Annual report on the mental hospital in the Central Provinces and Berar (Nagpur) - 1927-1951
Year: 1927
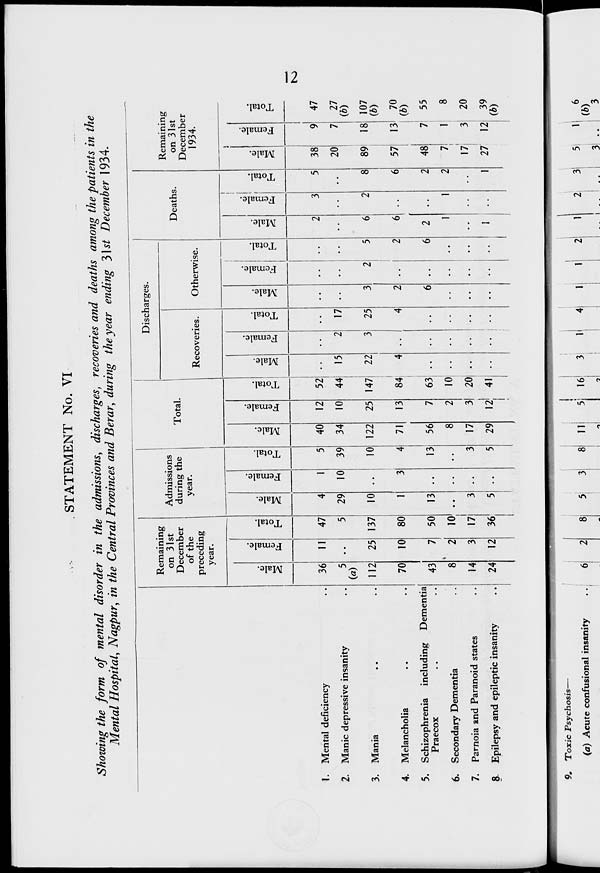
12
STATEMENT No. VI
Showing the form of mental disorder in the admissions, discharges, recoveries and deaths among the patients in the
Mental Hospital, Nagpur, in the Central Provinces and Berar, during the year ending 31st December 1934.
1.
2.
3.
4.
5.
6.
7.
8.
Mental deficiency ..
Manic depressive insanity ..
Mania .. ..
Melancholia .. ..
Schizophrenia including Dementia
Praecox .. ..
Secondary Dementia ..
Parnoia and Paranoid states ..
Epilepsy and epileptic insanity ..
Remaining
on 31st
December
of the
preceding
year.
Male.
36
5
(a)
112
70
43
8
14
24
Female.
11
..
25
10
7
2
3
12
Total.
47
5
137
80
50
10
17
36
Admissions
during the
year.
Male.
4
29
10
1
13
..
3
5
Female.
1
10
..
3
..
..
..
..
Total.
5
39
10
4
13
..
3
5
Total.
Male.
40
34
122
71
56
8
17
29
Female.
12
10
25
13
7
2
3
12
Total.
52
44
147
84
63
10
20
41
Discharges.
Recoveries.
Male.
..
15
22
4
..
..
..
..
Female.
..
2
3
..
..
..
..
..
Total.
..
17
25
4
..
..
..
..
Otherwise.
Male.
..
..
3
2
6
..
..
..
Female.
..
..
2
..
..
..
..
..
Total.
..
..
5
2
6
..
..
..
Deaths.
Male.
2
..
6
6
2
1
..
1
Female.
3
..
2
..
..
1
..
..
Total.
5
..
8
6
2
2
..
1
Remaining
on 31st
December
1934.
Male.
38
20
89
57
48
7
17
27
Female.
9
7
18
13
7
1
3
12
Total.
47
27
(b)
107
70
55
8
20
39
(b)